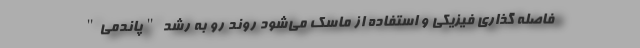
فاصله گذاری فیزیکی و استفاده از ماسک می‌شود روند رو به رشد "پاندمی"